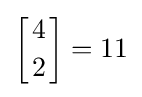
\left[{4 \atop 2}\right]=11